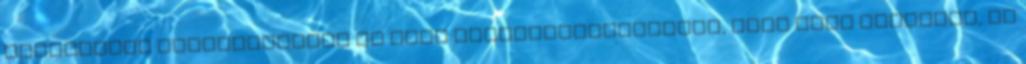
hihetetlen fantáziájával és mély életbölcsességével, amit igen kalandos, de